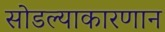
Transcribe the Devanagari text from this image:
सोडल्याकारणान